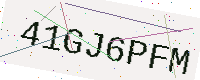
Text: 41GJ6PFM